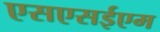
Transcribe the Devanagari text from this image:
एसएसईएम